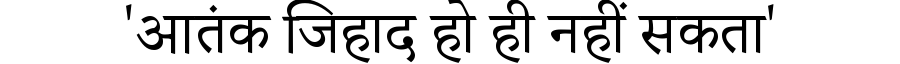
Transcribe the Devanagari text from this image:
'आतंक जिहाद हो ही नहीं सकता'